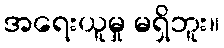
အရေးယူမှု မရှိဘူး။